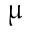
\upmu